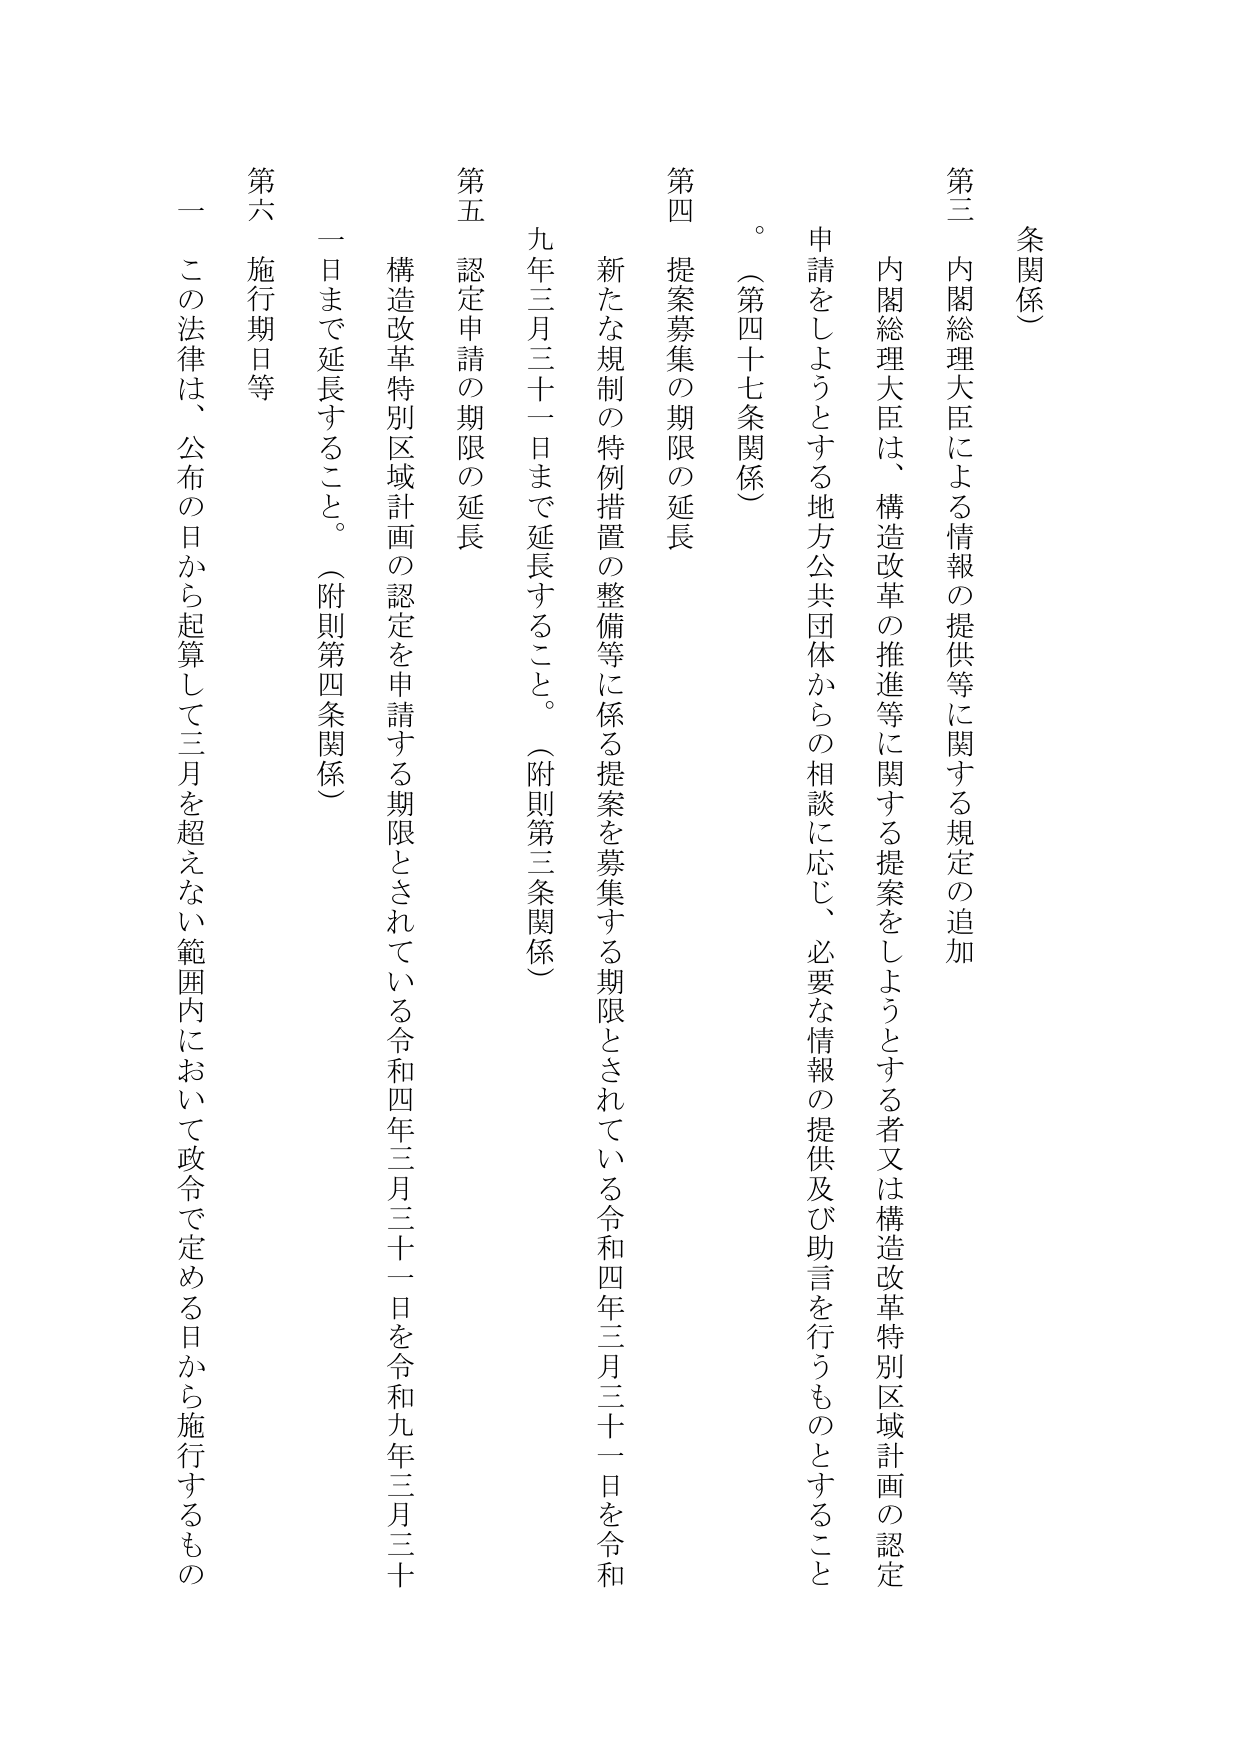
条関係

第三 内閣総理大臣による情報の提供等に関する規定の追加
内閣総理大臣は、構造改革の推進等に関する提案をしようとする者又は構造改革特別区域計画の認定申請をしようとする地方公共団体からの相談に応じ、必要な情報の提供及び助言を行うものとすること。

（第四十七条関係）

第四 提案募集の期限の延長
新たな規制の特例措置の整備等に係る提案を募集する期限とされている令和四年三月三十一日を令和九年三月三十一日まで延長すること。（附則第三条関係）

第五 認定申請の期限の延長
構造改革特別区域計画の認定を申請する期限とされている令和四年三月三十一日を令和九年三月三十一日まで延長すること。（附則第四条関係）

第六 施行期日等
一 この法律は、公布の日から起算して三月を超えない範囲内において政令で定める日から施行するもの